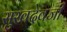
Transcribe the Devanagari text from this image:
सुखदेवजी